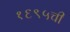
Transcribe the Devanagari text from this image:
१६९५ची